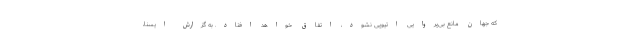
که جهان مانع بی‌پروایی اتیوپی نشود، اتفاق خواهد افتاد. به گزارش ایسنا،